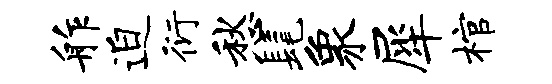
舴迫衍愁髦象犀棺